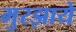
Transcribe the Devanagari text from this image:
मुरझाये